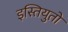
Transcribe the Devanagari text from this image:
इस्तियुतो